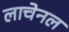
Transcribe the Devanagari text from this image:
लाचेनल